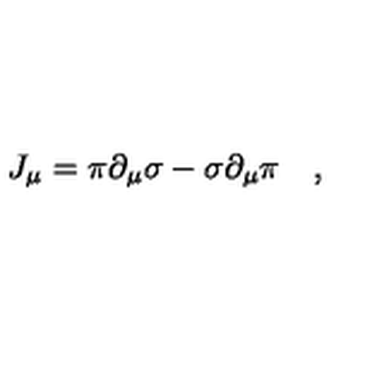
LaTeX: J _ { \mu } = \pi \partial _ { \mu } \sigma - \sigma \partial _ { \mu } \pi \quad ,